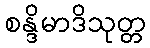
စန္ဒိမာဒိသုတ္တ